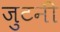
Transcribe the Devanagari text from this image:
जुटनी